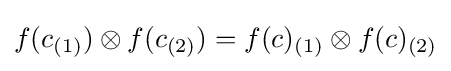
f(c_{(1)})\otimes f(c_{(2)})=f(c)_{(1)}\otimes f(c)_{(2)}